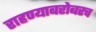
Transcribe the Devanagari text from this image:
राहण्याबरोबरच